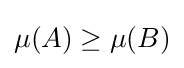
\mu (A)\geq \mu (B)